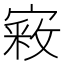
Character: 𫳴